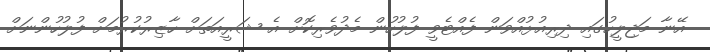
އޭނާ މަޖިލީހުގައި ދިރިއުޅުއްވަން ފެއްޓެވީ ފުލުހުން މެދުވެރިކޮށް އެ ޝަރީއަތަށް ހާޒިރުކުރުމަށް ފުލުހުންނަށް